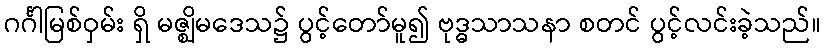
ဂင်္ဂါမြစ်ဝှမ်း ရှိ မဇ္ဈိမဒေသ၌ ပွင့်တော်မူ၍ ဗုဒ္ဓသာသနာ စတင် ပွင့်လင်းခဲ့သည်။